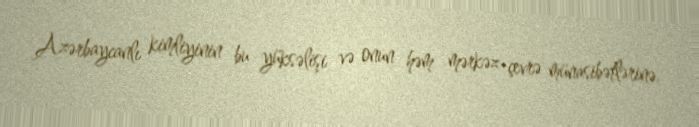
Azərbaycanlı kimliyinin bu yüksəlişi və onun həm mərkəz-çevrə münasibətlərinə,